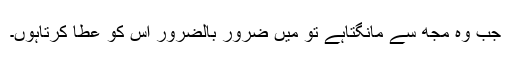
جب وہ مجھ سے مانگتاہے تو میں ضرور بالضرور اس کو عطا کرتاہوں۔